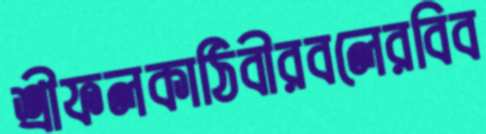
শ্রীফলকাঠিবীরবলেরবিব